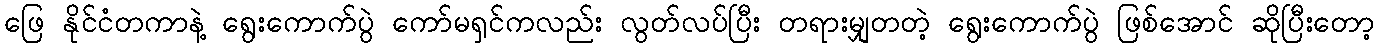
ဖြေ နိုင်ငံတကာနဲ့ ရွေးကောက်ပွဲ ကော်မရှင်ကလည်း လွတ်လပ်ပြီး တရားမျှတတဲ့ ရွေးကောက်ပွဲ ဖြစ်အောင် ဆိုပြီးတော့